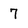
Character: 7